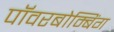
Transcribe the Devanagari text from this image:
पॉवरबोम्बिंग